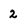
Character: 2